Scottish Leaving Certificate Examination, 1957
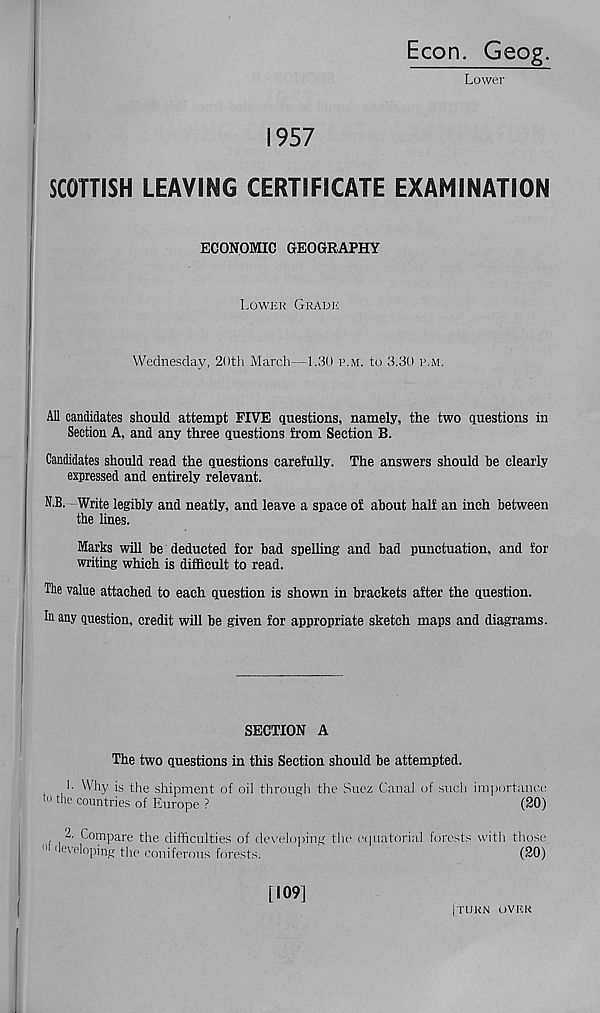
1957
Econ. Geog.
Lower
SCOTTISH LEAVING CERTIFICATE EXAMINATION
ECONOMIC GEOGRAPHY
Lower Grade
Wednesday, 20th March—1.30 p.m. to 3.30 p.m.
All candidates should attempt FIVE questions, namely, the two questions in
Section A, and any three questions from Section B.
Candidates should read the questions carefully. The answers should be clearly
expressed and entirely relevant.
N.B. Write legibly and neatly, and leave a space of about half an inch between
the lines.
Marks will be deducted for bad spelling and bad punctuation, and for
writing which is difficult to read.
The value attached to each question is shown in brackets after the question.
In any question, credit will be given for appropriate sketch maps and diagrams.
SECTION A
The two questions in this Section should be attempted.
*• Why is the shipment of oil through the Suez Canal of such importance
tu the countries of Europe ?
(20)
2. Compare the difficulties of developing the equatorial forests with those
11 developing the coniferous forests.
(20)
[109]
(TURN OVER